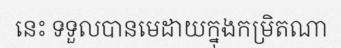
នេះ ទទួលបានមេដាយក្នុងកម្រិតណា